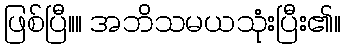
ဖြစ်ပြီ။။ အဘိသမယသုံးပြီး၏။